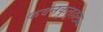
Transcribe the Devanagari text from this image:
कवनकुतूहल